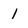
Character: l